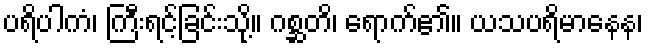
ပရိပါကံ၊ ကြီးရင့်ခြင်းသို့။ ဂစ္ဆတိ၊ ရောက်၏။ ယသပရိမာနေန၊